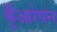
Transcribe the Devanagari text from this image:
कुँआरेपन